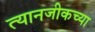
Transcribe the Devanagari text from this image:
त्यानजीकच्या